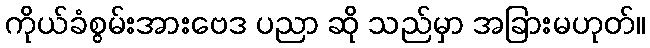
ကိုယ်ခံစွမ်းအားဗေဒ ပညာ ဆို သည်မှာ အခြားမဟုတ်။